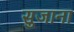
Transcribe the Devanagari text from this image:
सुजाना